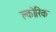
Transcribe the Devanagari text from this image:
क्लोरिक